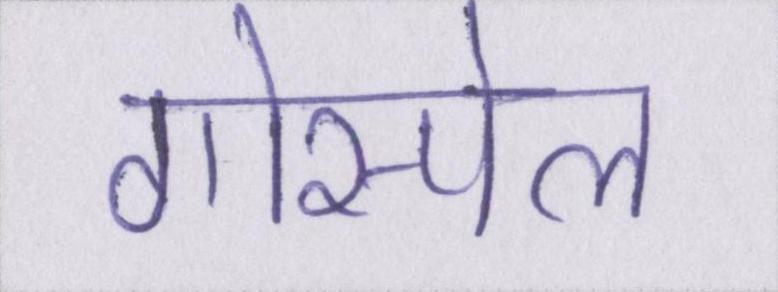
गोस्पेल